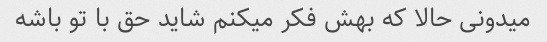
میدونی حالا که بهش فکر میکنم شاید حق با تو باشه